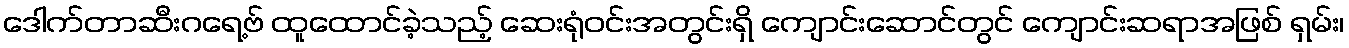
ဒေါက်တာဆီးဂရေ့ဗ် ထူထောင်ခဲ့သည့် ဆေးရုံဝင်းအတွင်းရှိ ကျောင်းဆောင်တွင် ကျောင်းဆရာအဖြစ် ရှမ်း၊